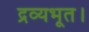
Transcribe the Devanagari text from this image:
द्रव्यभूत।